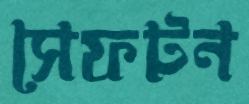
সেফটন